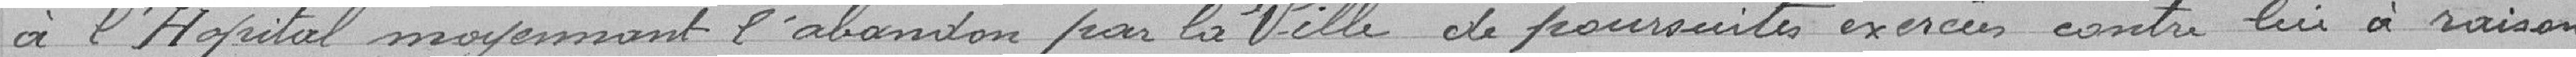
à l'Hôpital moyennant l'abandon par la Ville de poursuites exercées contre lui à raison